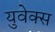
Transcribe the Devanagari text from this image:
युवेक्स